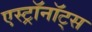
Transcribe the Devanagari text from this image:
एस्ट्राॅनाॅट्स